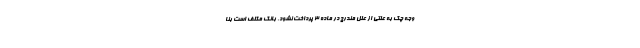
وجه چک به علتی از علل مندرج در ماده ۳ پرداخت نشود، بانک مکلف است بنا